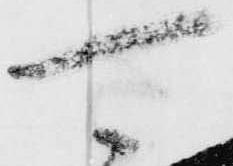
可